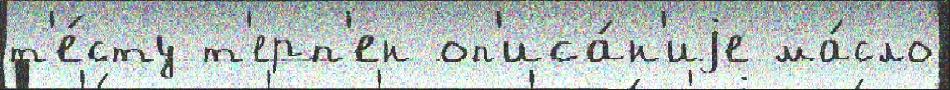
т'е́сту т'ерп'ен оп'иса́н'иjе ма́сло